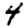
Digit: 4